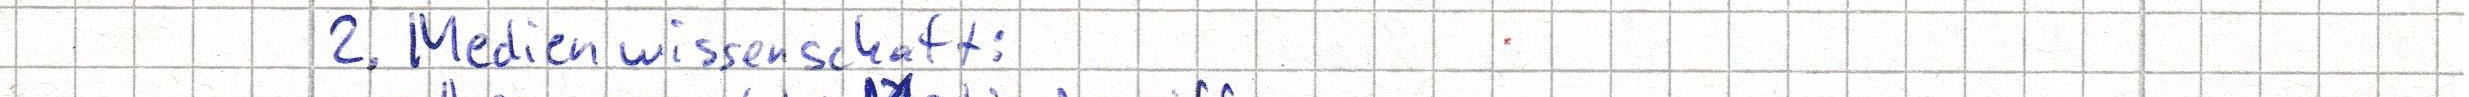
2. Medienwissenschaft: